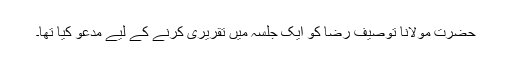
حضرت مولانا توصیف رضا کو ایک جلسہ میں تقریری کرنے کے لیے مدعو کیا تھا۔